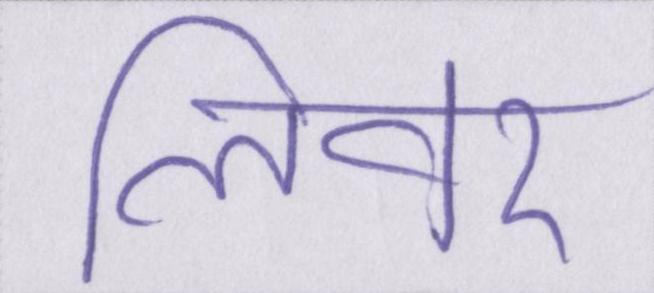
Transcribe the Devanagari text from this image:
लीवर